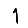
Digit: 1